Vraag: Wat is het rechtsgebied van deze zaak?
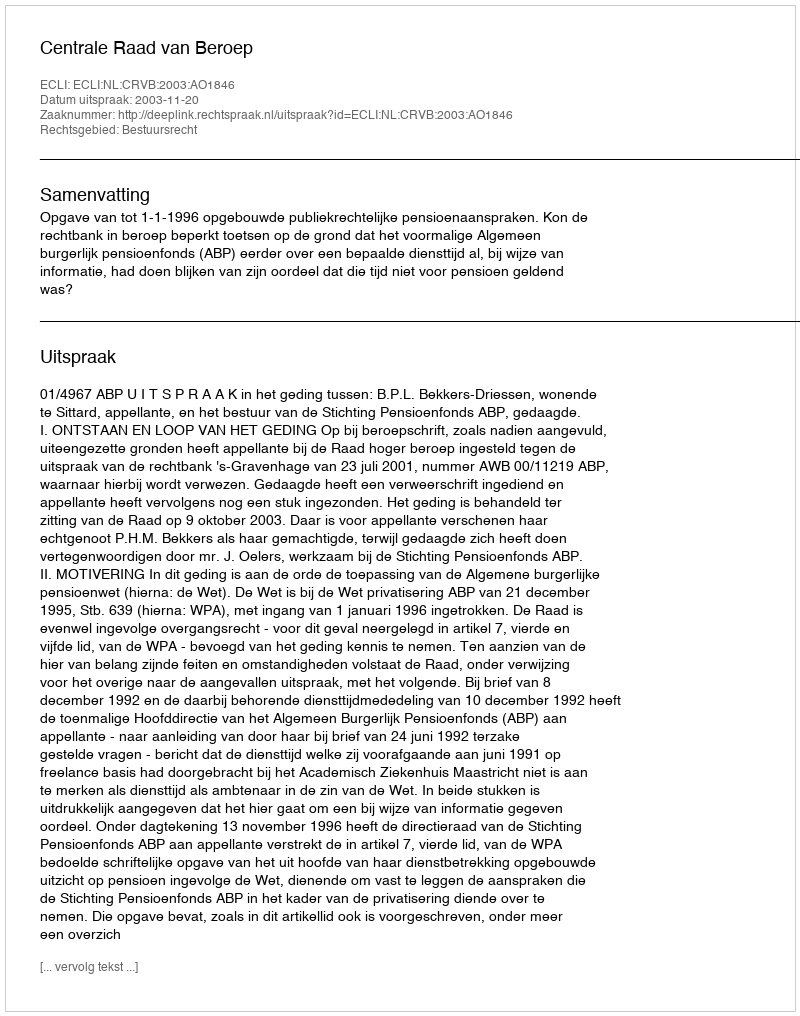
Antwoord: Bestuursrecht